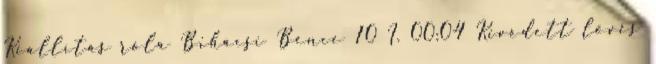
Kiállítás róla Bihácsi Bence 10 I. 00:04 Kivédett lövés